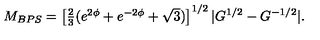
M _ { B P S } = \left[ \textstyle { \frac { 2 } { 3 } } ( e ^ { 2 \phi } + e ^ { - 2 \phi } + \sqrt { 3 } ) \right] ^ { 1 / 2 } | G ^ { 1 / 2 } - G ^ { - 1 / 2 } | .